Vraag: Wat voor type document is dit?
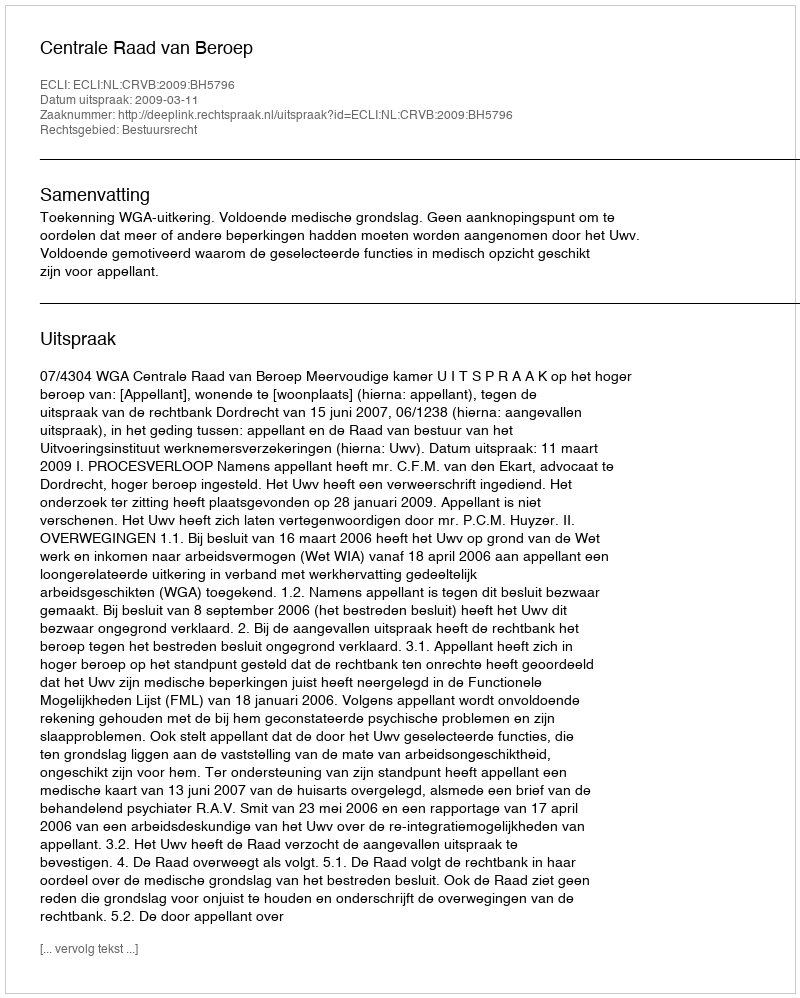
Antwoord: Uitspraak